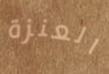
العنزة